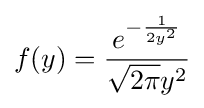
f(y)={\frac {e^{-{\frac {1}{2y^{2}}}}}{{\sqrt {2\pi }}y^{2}}}